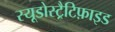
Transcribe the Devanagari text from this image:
स्यूडोस्ट्रैटिफ़ाइड